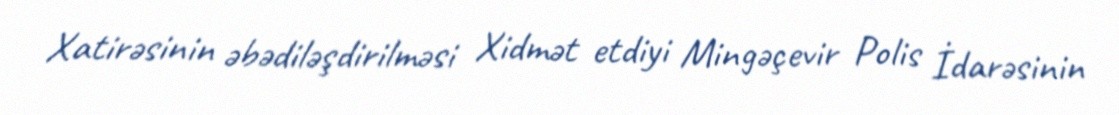
Xatirəsinin əbədiləşdirilməsi Xidmət etdiyi Mingəçevir Polis İdarəsinin